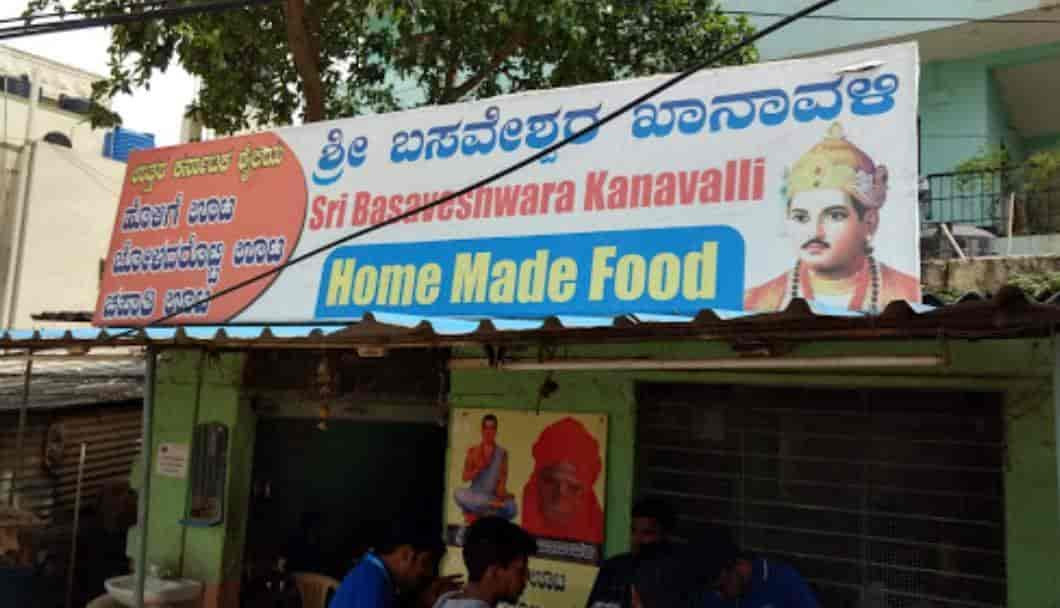
Language: kannada
Transcription: ಶ್ರೀ ಬಸವೇಶ್ವರ ಖಾನಾವಳಿ ಊಟ ಊಟ